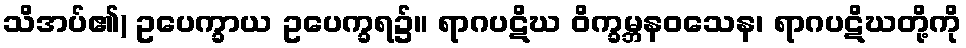
သိအပ်၏) ဥပေက္ခာယ ဥပေက္ခရ၌။ ရာဂပဋိဃ ဝိက္ခမ္ဘနဝသေန၊ ရာဂပဋိဃတို့ကို